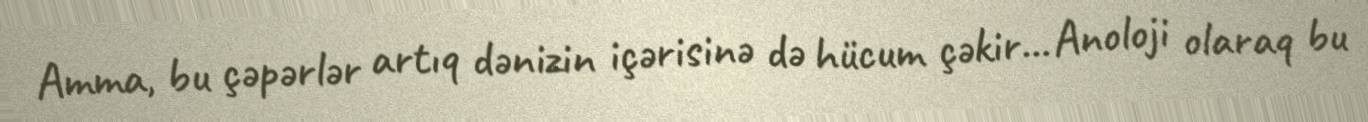
Amma, bu çəpərlər artıq dənizin içərisinə də hücum çəkir... Anoloji olaraq bu